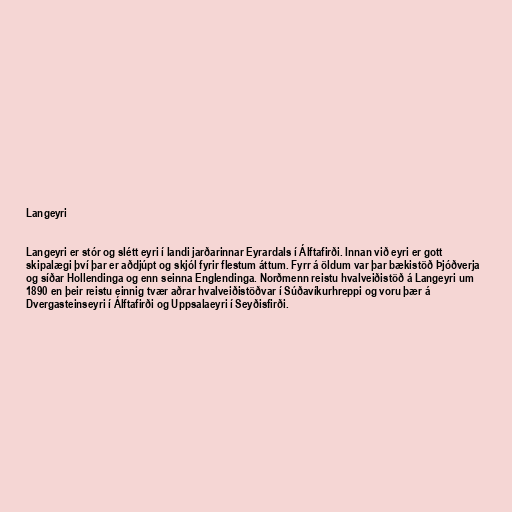
Langeyri

Langeyri er stór og slétt eyri í landi jarðarinnar Eyrardals í Álftafirði. Innan við eyri er gott
skipalægi því þar er aðdjúpt og skjól fyrir flestum áttum. Fyrr á öldum var þar bækistöð Þjóðverja
og síðar Hollendinga og enn seinna Englendinga. Norðmenn reistu hvalveiðistöð á Langeyri um
1890 en þeir reistu einnig tvær aðrar hvalveiðistöðvar í Súðavíkurhreppi og voru þær á
Dvergasteinseyri í Álftafirði og Uppsalaeyri í Seyðisfirði.